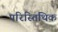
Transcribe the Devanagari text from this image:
परिस्तिथिक